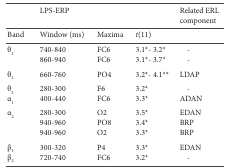
<table><thead><tr><td></td><td><b>LPS-ERP</b></td><td></td><td></td><td><b>Related ERL component</b></td></tr></thead><tbody><tr><td>Band</td><td>Window (ms)</td><td>Maxima</td><td><i>t</i>(11)</td><td></td></tr><tr><td>θ<sub>1</sub></td><td>740-840</td><td>FC6</td><td>3.1*- 3.2*</td><td>-</td></tr><tr><td></td><td>860-940</td><td>FC6</td><td>3.1*- 3.7*</td><td>-</td></tr><tr><td>θ<sub>2</sub></td><td>660-760</td><td>PO4</td><td>3.2*- 4.1*</td><td>LDAP</td></tr><tr><td>θ<sub>3</sub></td><td>280-300</td><td>F6</td><td>3.2*</td><td>-</td></tr><tr><td>α<sub>1</sub></td><td>400-440</td><td>FC6</td><td>3.3*</td><td>ADAN</td></tr><tr><td>α<sub>2</sub></td><td>280-300</td><td>O2</td><td>3.5*</td><td>EDAN</td></tr><tr><td></td><td>940-960</td><td>PO8</td><td>3.4*</td><td>BRP</td></tr><tr><td></td><td>940-960</td><td>O2</td><td>3.3*</td><td>BRP</td></tr><tr><td>β<sub>1</sub></td><td>300-320</td><td>P4</td><td>3.3*</td><td>EDAN</td></tr><tr><td>β<sub>2</sub></td><td>720-740</td><td>FC6</td><td>3.2*</td><td>-</td></tr></tbody></table>